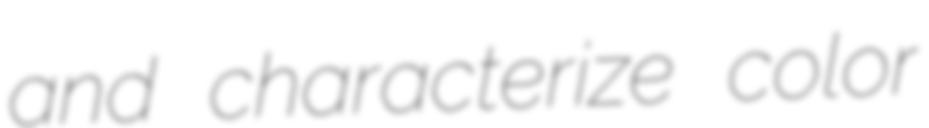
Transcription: and characterize color